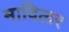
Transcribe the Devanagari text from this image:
माविलर